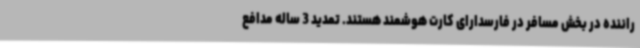
راننده در بخش مسافر در فارسدارای کارت هوشمند هستند. تمدید 3 ساله مدافع